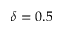
\delta = 0 . 5